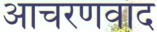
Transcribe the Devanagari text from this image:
आचरणवाद